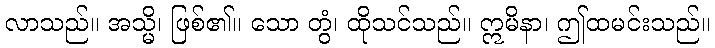
လာသည်။ အသ္မိ၊ ဖြစ်၏။ သော တွံ၊ ထိုသင်သည်။ ဣမိနာ၊ ဤထမင်းသည်။